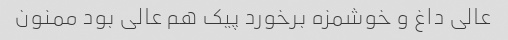
عالی داغ و خوشمزه برخورد پیک هم عالی بود ممنون